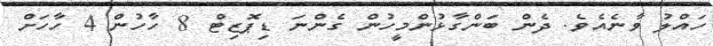
ހައްލު ވާނެއެވެ. ދެން ބަންގާޅުންމީހުން ގެންނަ ޑިޕޮޒިޓް 8 ހާހުން 4 ހާހަށް